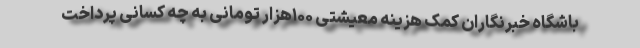
باشگاه خبرنگاران کمک هزینه معیشتی ۱۰۰هزار تومانی به چه کسانی پرداخت